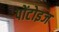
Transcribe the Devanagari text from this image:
पोंटोइज